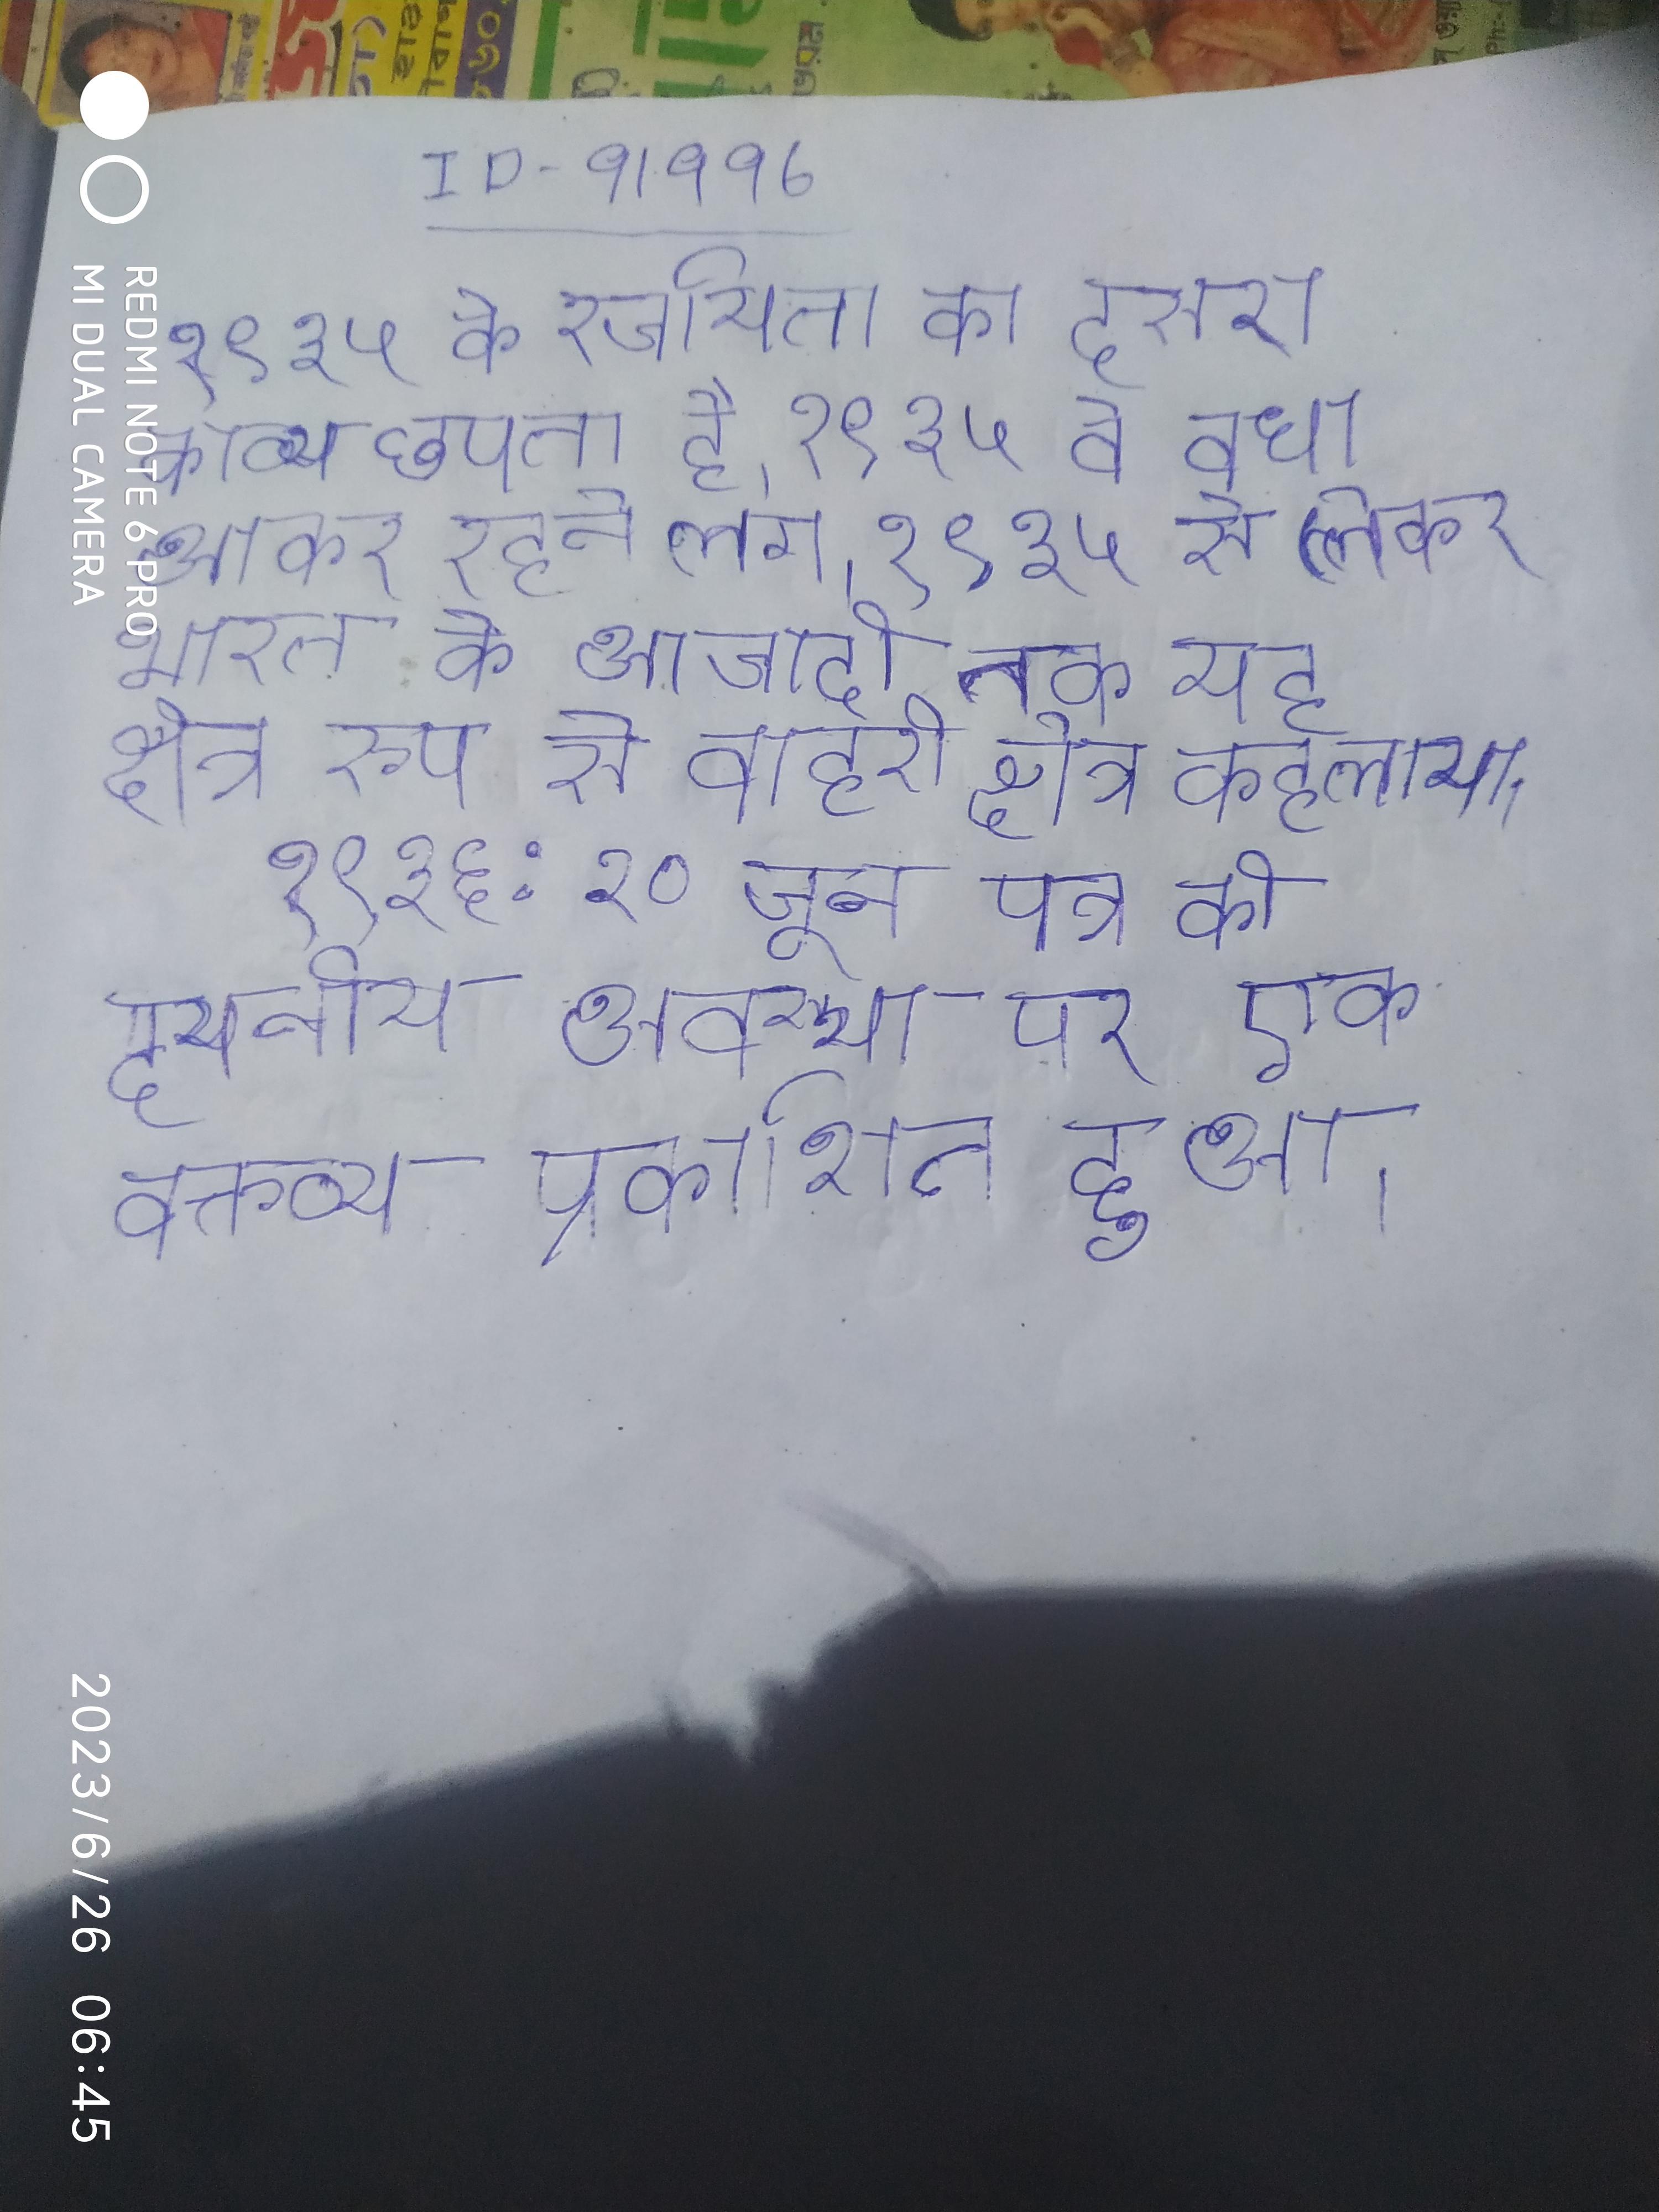
१९३५ के रचयिता का दूसरा काव्य छपता है । १९३५ वे वधा आकर रहने लग । १९३५ से लेकर भारत के आजादी तक यह क्षेत्र रूप से बाहरी क्षेत्र कहलाया । १९३६: २० जून पत्र की दयनीय अवस्था पर एक वक्तव्य प्रकाशित हुआ ।